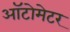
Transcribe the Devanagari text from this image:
ऑटोमेटर